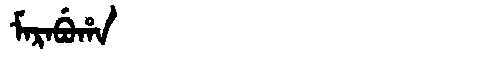
Manchu: ᠮᠠᡵᠠᠪᡠᡥᠠ
Romanization: MARABUHA